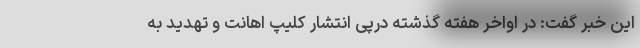
این خبر گفت: در اواخر هفته گذشته در‌پی انتشار کلیپ اهانت و تهدید به